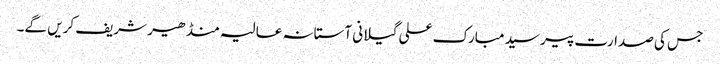
جس کی صدارت پیر سید مبارک علی گیلانی آستانہ عالیہ منڈھیر شریف کریں گے۔